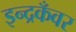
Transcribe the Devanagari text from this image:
इन्द्रकँवर